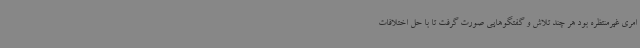
امری غیرمنتظره بود هر چند تلاش و گفتگوهایی صورت گرفت تا با حل اختلافات